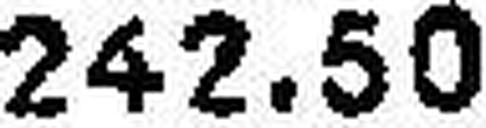
242.50